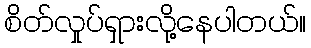
စိတ်လှုပ်ရှားလို့နေပါတယ်။